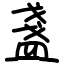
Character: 盞